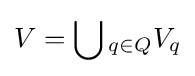
V=\bigcup {}_{q\in Q}V_{q}